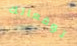
توقعاتك